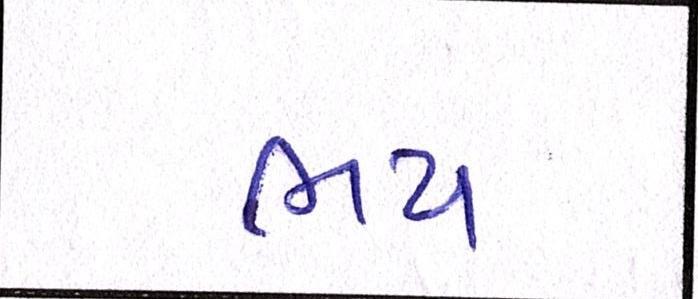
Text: ભય